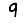
Digit: 9